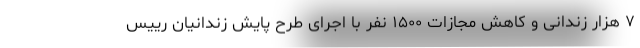
۷ هزار زندانی و کاهش مجازات ۱۵۰۰ نفر با اجرای طرح پایش زندانیان رییس